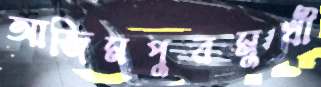
আজিমপুরমুখী